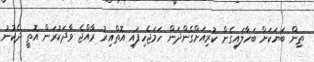
ތިން ބަޔަކަށް ބަހާލައިގެން ކުރިއަށްގެންދަން ހަމަޖެހިފައި އޮތްއިރު ރާއްޖެ ވާދަކުރަން އޮތީ ދެކުނު